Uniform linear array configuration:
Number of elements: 64
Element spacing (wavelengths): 0.25
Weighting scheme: kaiser
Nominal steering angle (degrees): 0
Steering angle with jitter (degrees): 0.4076
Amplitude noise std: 0.05
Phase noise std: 0.05

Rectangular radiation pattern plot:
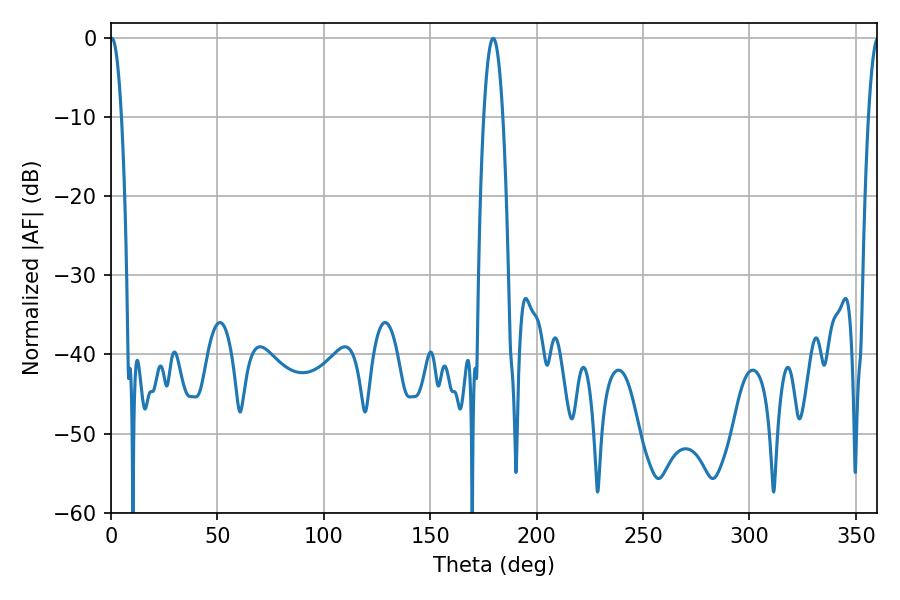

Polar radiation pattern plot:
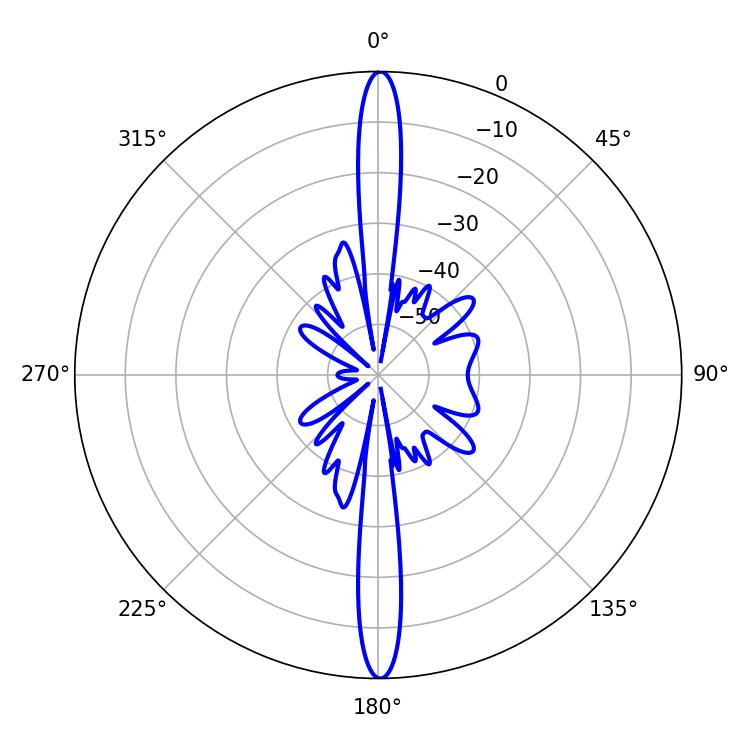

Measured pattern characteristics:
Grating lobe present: FALSE
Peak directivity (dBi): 31.635
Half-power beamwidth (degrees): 2.88
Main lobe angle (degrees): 0.36